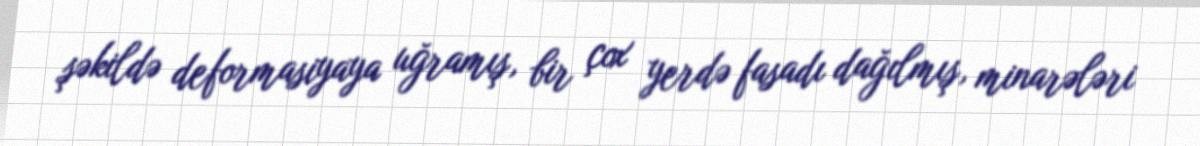
şəkildə deformasiyaya uğramış, bir çox yerdə fasadı dağılmış, minarələri